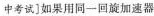
中考试]如果用同一回旋加速器